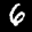
Label: 6